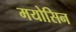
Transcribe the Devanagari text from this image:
मयोसिन